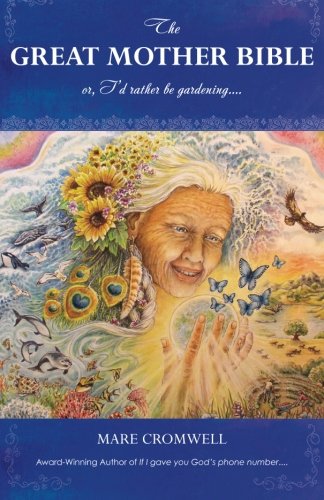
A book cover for The Great Mother Bible: or, I'd rather be gardening....; Mare Cromwell; Religion & Spirituality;